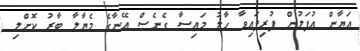
އަޔާން އުފަލުން ފުރިފައިވާ ހާލު މައިސާ ގެނެސް އޭނާގެ މެޔާލާ ބާރު ކޮށްލި